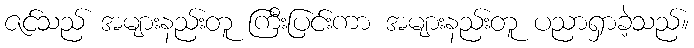
ဇင်သည် အများနည်းတူ ကြီးပြင်းကာ အများနည်းတူ ပညာရှာခဲ့သည်။